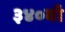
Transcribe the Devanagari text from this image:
३४०वॉ